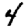
Digit: 4